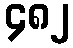
၄၈၂